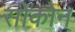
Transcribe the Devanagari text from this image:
सोकोन